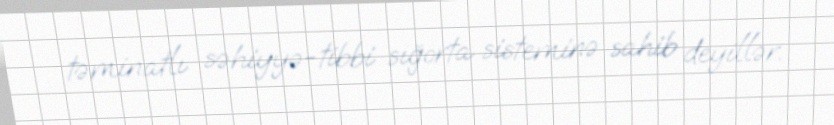
təminatlı səhiyyə-tibbi sığorta sisteminə sahib deyillər.